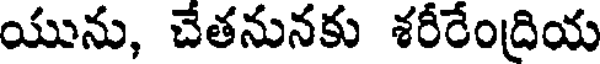
యును, చేతనునకు శరీరేంద్రియ